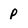
Character: p